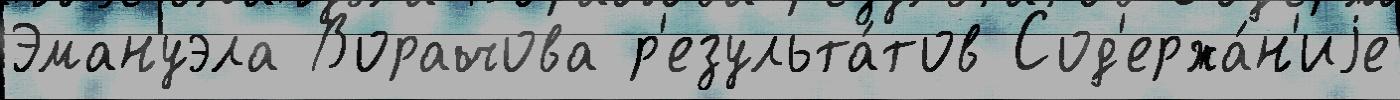
Эмануэла Ворачова р'езульта́тов Сод'ержа́н'иjе